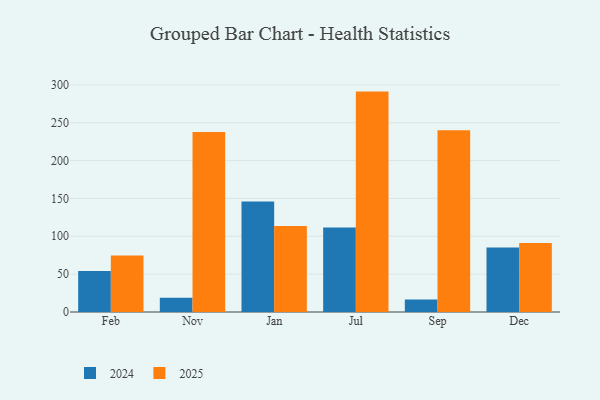
{"axis": {"x": "Month", "y": "Conversion Rate (%)"}, "legend": ["2024", "2025"], "data": [{"x": "Feb", "y": 74.5, "type": "2025"}, {"x": "Feb", "y": 54.1, "type": "2024"}, {"x": "Nov", "y": 237.6, "type": "2025"}, {"x": "Nov", "y": 18.8, "type": "2024"}, {"x": "Jan", "y": 113.7, "type": "2025"}, {"x": "Jan", "y": 145.9, "type": "2024"}, {"x": "Jul", "y": 291.1, "type": "2025"}, {"x": "Jul", "y": 111.6, "type": "2024"}, {"x": "Sep", "y": 240.1, "type": "2025"}, {"x": "Sep", "y": 16.4, "type": "2024"}, {"x": "Dec", "y": 91.0, "type": "2025"}, {"x": "Dec", "y": 85.3, "type": "2024"}]}